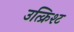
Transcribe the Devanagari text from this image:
उत्क्रिश्ट